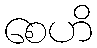
စေဟိ